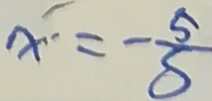
x = - \frac { 5 } { S }